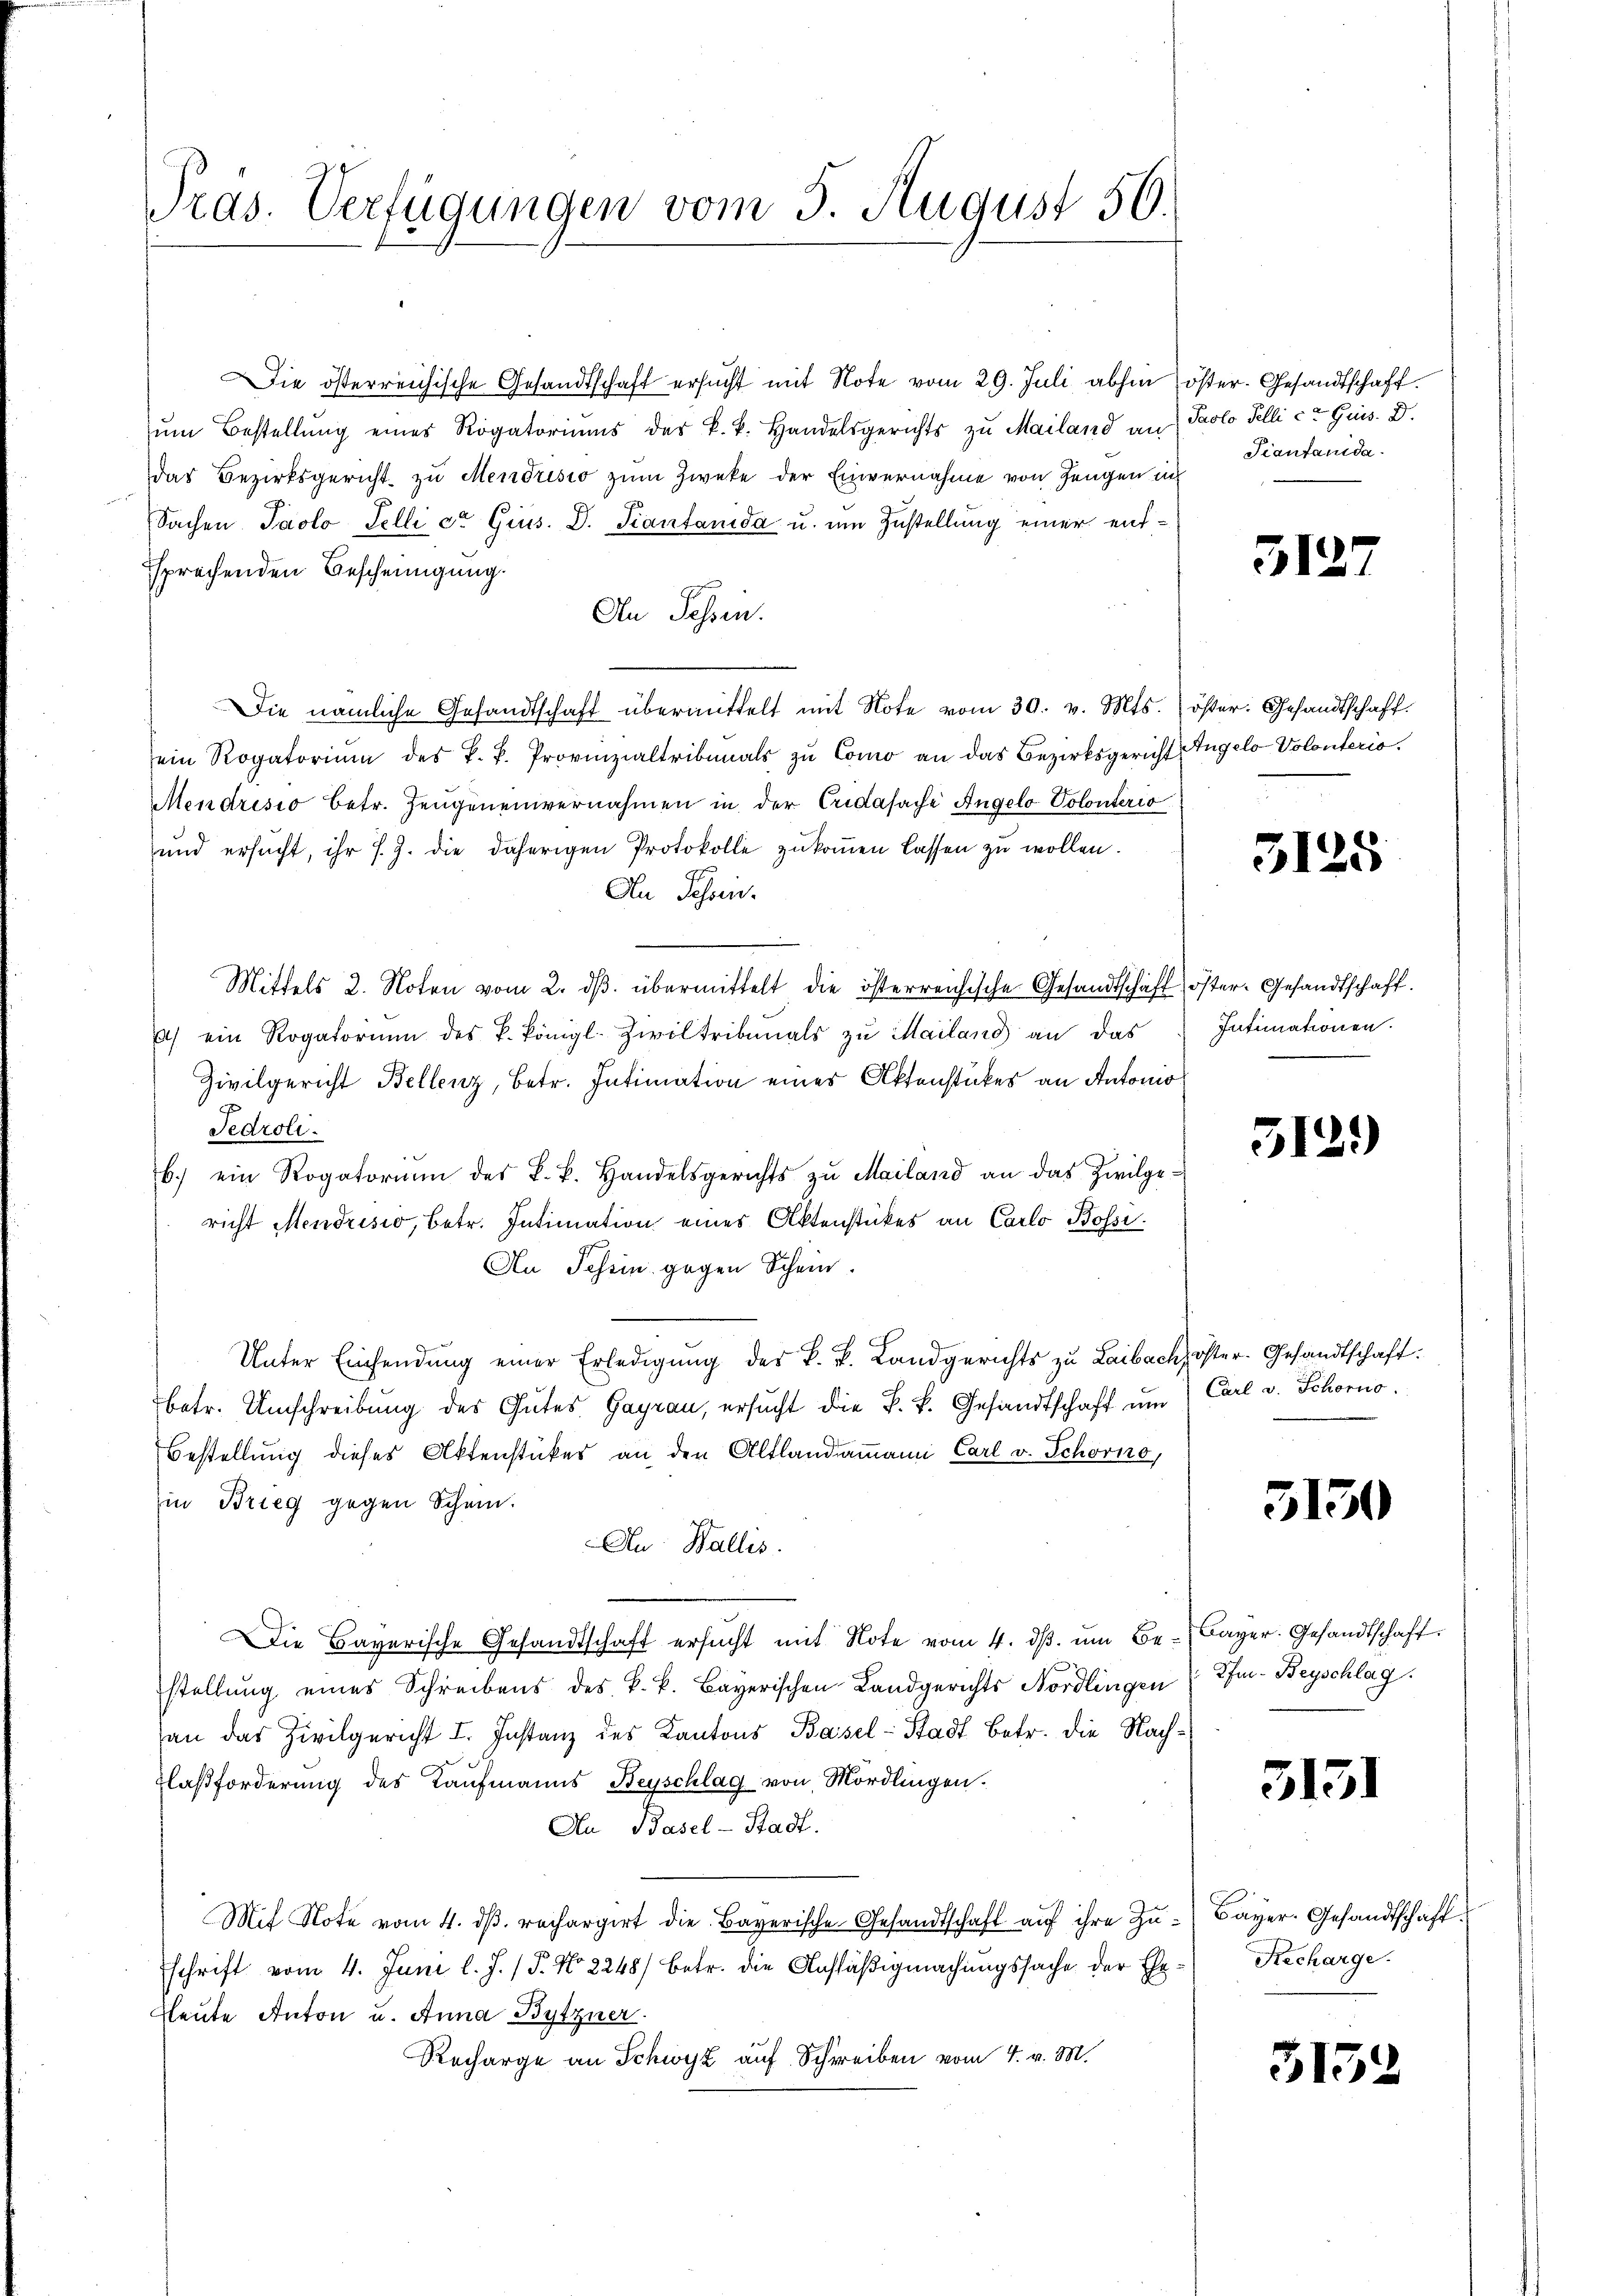
Präs. Verfügungen vom 5. August 56.

Die österreichische Gesandtschaft ersucht mit Note vom 29. Juli abhin öster- Gesandtschaft
ŭm Bestellung eines Rogatoriums des k. k. Handelsgerichts zu Mailand an Paolo Telli ct Ges. D.
das Bezirksgericht zu Mendrisio zum Zwecke der Einvernahme von Zeugen in
Sachen Paolo Felli ca Gius. D. Fiantanida u. um Zustellung einer entsprechenden Bescheinigung.
An Sessen.
Die nämliche Gesandtschaft übermittelt mit Note vom 30. v. Mts. öster. Gesandtschaft.
ein Rogatorium des k. k. Provinzialtribunals zu Como an das Bezirksgericht Angelo Volonterio.
Mendrisio betr. Zeŭgeneinvernahmen in der Cridasache Angelo Polonterio
und ersŭcht, ihr 7 J. die daherigen Protokolle zŭkoṁen lassen zu wollen.
An Schein.
Mittels 2. Noten vom 2. dβ übermittelt die österreichische Gesandtschäft öster- Gesandtschaft.
a) ein Rogatorium des k. königl. Ziviltribunals zŭ Mailand an das
Zivilgericht Bellenz, betr. Intimation eines Aktenstückes an Antonio
Fedroli
b. ein Rogatorium des k. k. Handelsgerichts zŭ Mailand an das Zivilge-
richt Mendrisio, betr. Intimation eines Aktenstückes an Carlo Bossi¬
An Tessin gegen Schein
Unter Einsendŭng einer Erledigŭng der k. k. Landgerichts zu Laibach öster. Gesandtschaft:
betr. Umschreibung des Gutes Gayrau, ersucht die k. k. Gesandtschaft um
Bestellung dieses Aktenstückes an den Altlandammann Carl v. Schorno,
in Brieg gegen Schein.
Au Wallis.
Die Bayerische Gesandtschaft ersŭcht mit Note vom 4. dβ. um Be- Bayer. Gesandtschaft.
stellŭng eines Schreibens des k.k. Bayerischen Landgerichts Nordlingen
an das Zivilgericht I. Instanz des Kantons Basel-Stadt Betr. die Nach¬
Flaßforderung des Kaufmanns Beyschlag von Mordlingen.
An Basel-Stadt.
Mit Note vom 4. ds. rechargirt die Bayerische Gesandtschaft auf ihre Zuschrift vom 4. Juni l. J. (T. No 2248) betr. die Ansäßigmachungssache der Eheleute Anton u. Anna Bytzner.
Recharge an Schwyz auf Schreiben vom 4. v. M.

Tiantanida.

5127

3125

Intimationen.

512.)

Carl v. Schorno.

5150

Ife. Beyschlag.

313)

Bayer. Gesandtschaft.
Recharge.

5135